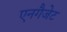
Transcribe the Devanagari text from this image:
एनगैजेट